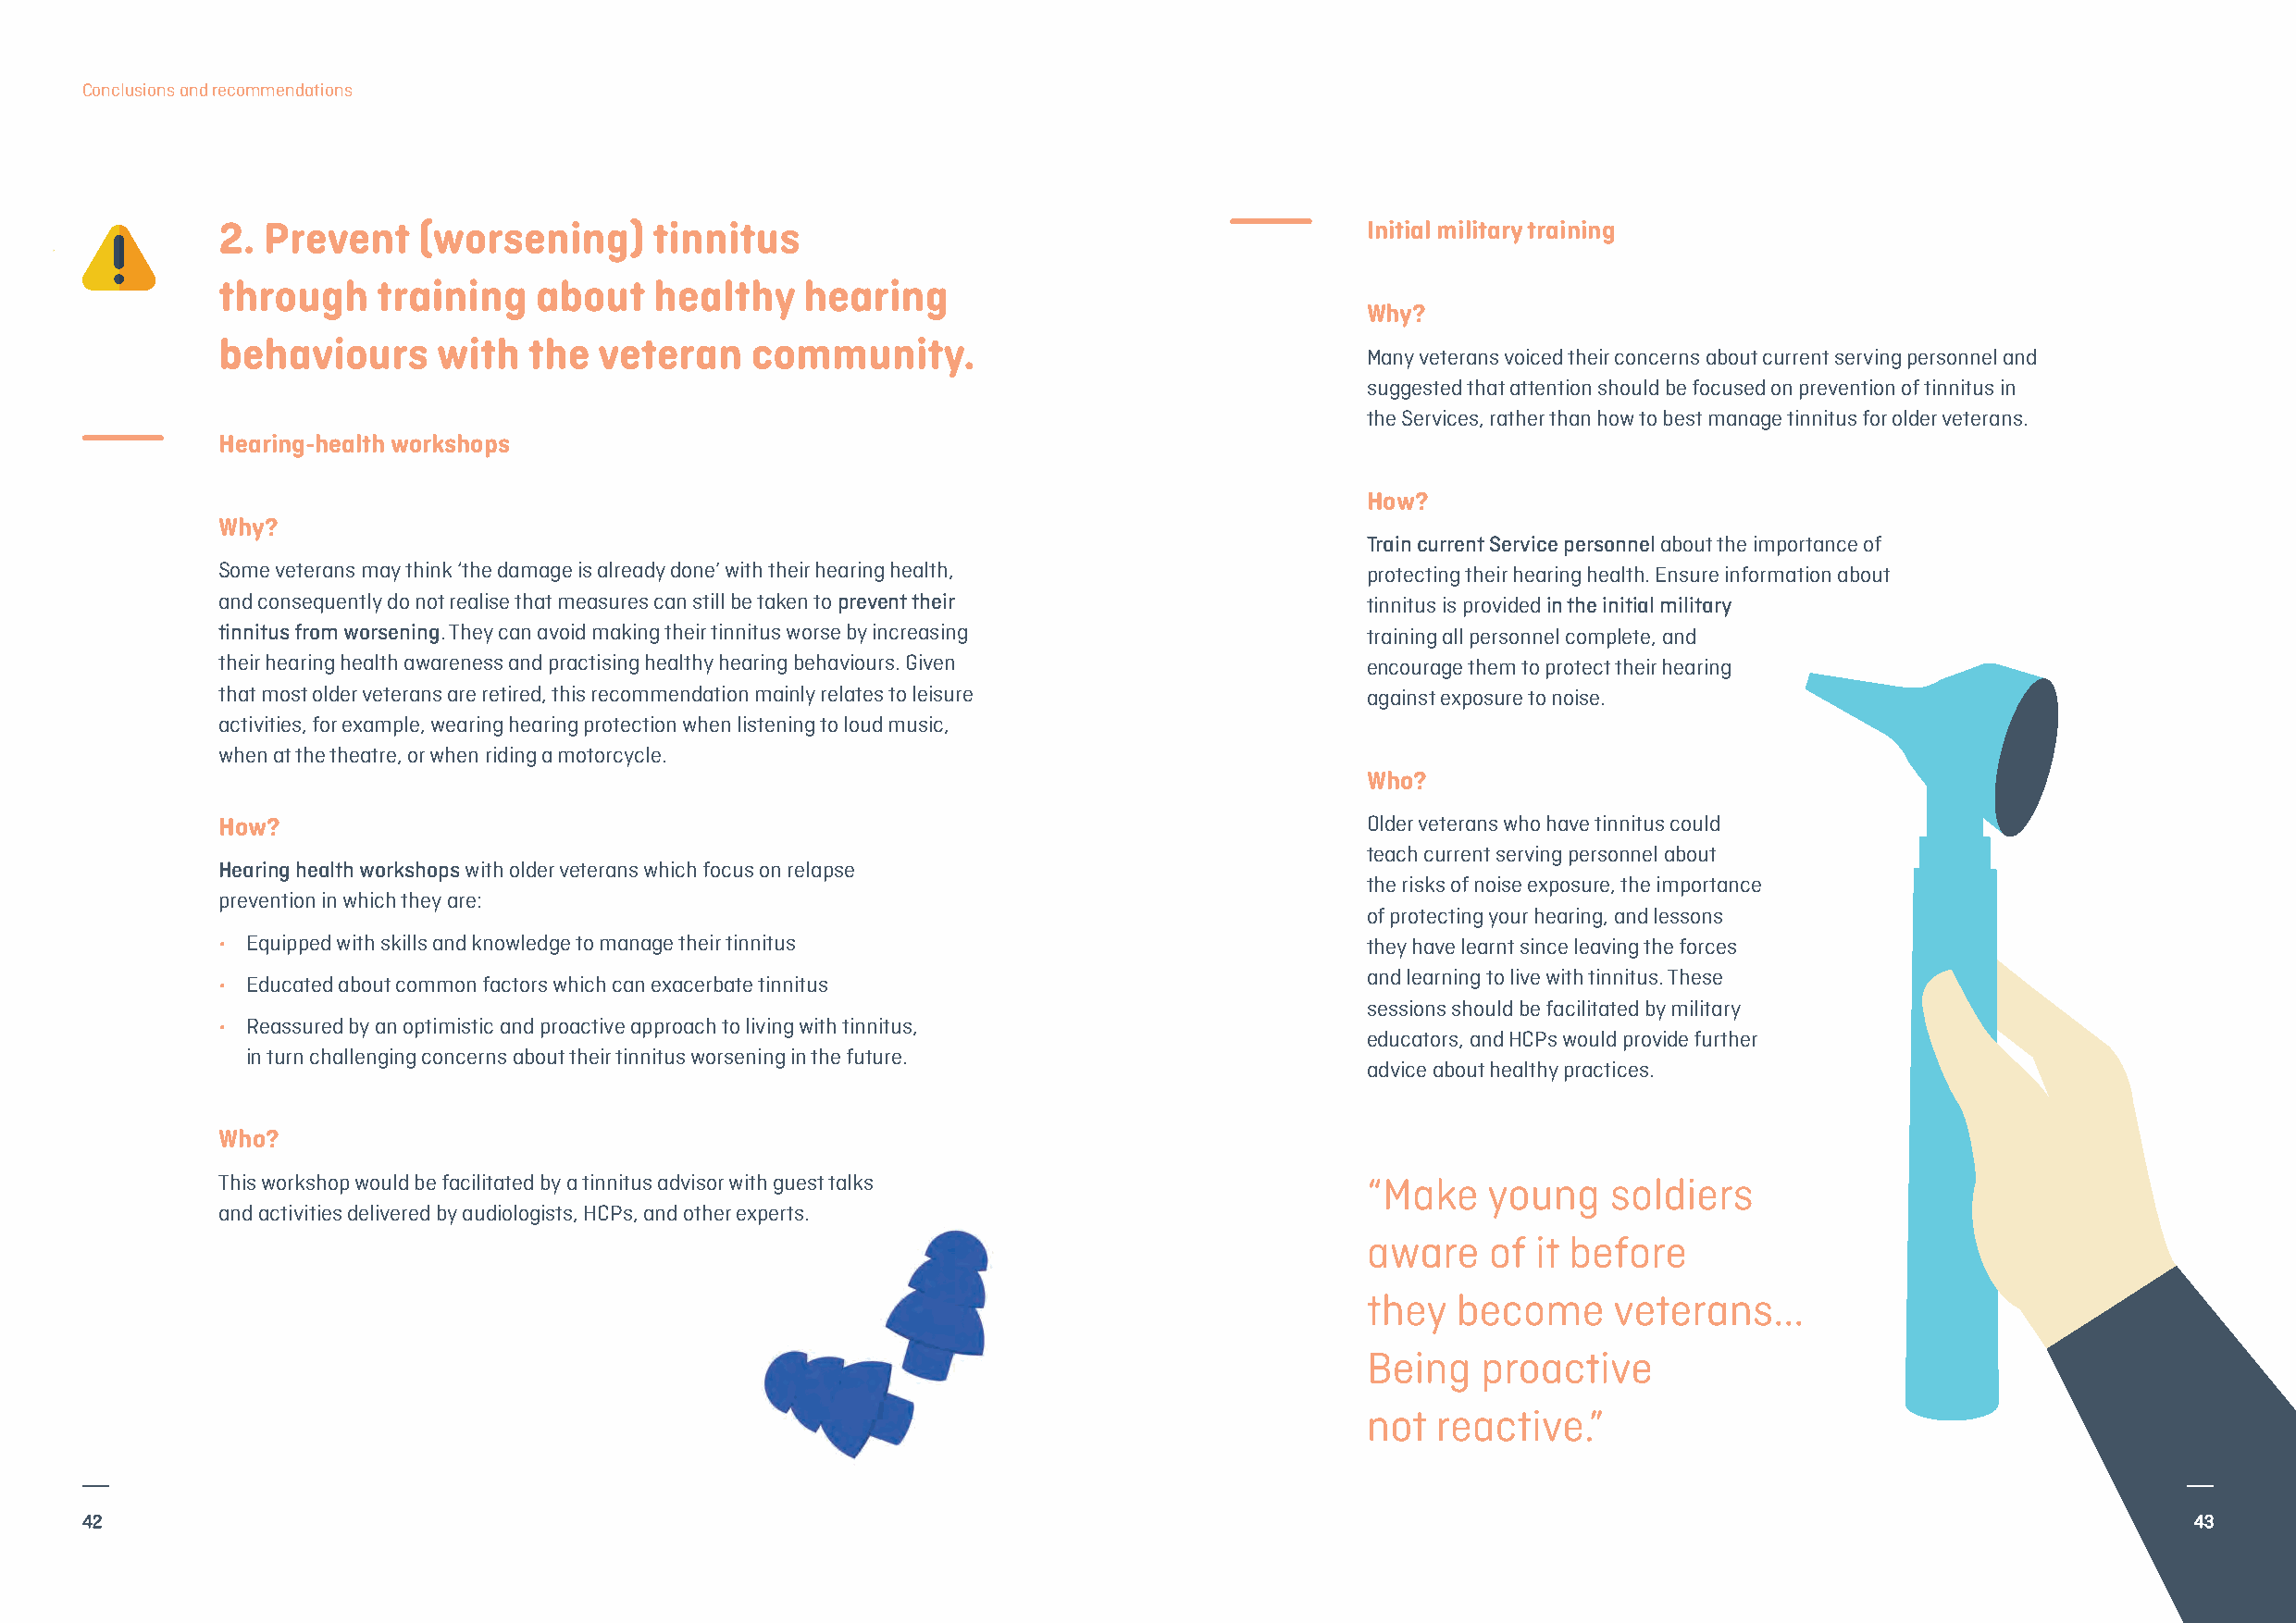
Conclusions and recommendations
 2. Prevent    (worsening)      tinnitus                                           Initial military training
 through    training   about    healthy   hearing
 Why?
 behaviours     with   the  veteran    community.
 Many veterans voiced their concerns about current serving personnel and
 suggested that attention should be focused on prevention of tinnitus in
 the Services, rather than how to best manage tinnitus for older veterans.
 Hearing-health workshops
 How?
 Why?
 Train current Service personnelabout the importance of
 Some veterans may think ‘the damage is already done’ with their hearing health,   protecting their hearing health. Ensure information about
 and consequently do not realise that measures can still be taken to prevent their tinnitus is provided in the initial military
 tinnitus from worsening. They can avoid making their tinnitus worse by increasing training all personnel complete, and
 their hearing health awareness and practising healthy hearing behaviours. Given   encourage them to protect their hearing
 that most older veterans are retired, this recommendation mainly relates to leisure against exposure to noise.
 activities, for example, wearing hearing protection when listening to loud music,
 when at the theatre, or when riding a motorcycle.
 Who?
 How?                                                                              Older veterans who have tinnitus could
 teach current serving personnel about
 Hearing health workshopswith older veterans which focus on relapse
 the risks of noise exposure, the importance
 prevention in which they are:
 of protecting your hearing, and lessons
 • Equipped with skills and knowledge to manage their tinnitus                     they have learnt since leaving the forces
 and learning to live with tinnitus. These
 • Educated about common factors which can exacerbate tinnitus
 sessions should be facilitated by military
 • Reassured by an optimistic and proactive approach to living with tinnitus,
 educators, and HCPs would provide further
 in turn challenging concerns about their tinnitus worsening in the future.
 advice about healthy practices.
 Who?
 This workshop would be facilitated by a tinnitus advisor with guest talks         “Make   young    soldiers
 and activities delivered by audiologists, HCPs, and other experts.
 aware   of  it before
 they  become     veterans...
 Being   proactive
 not  reactive.”
 42                                                                                                                                                     43